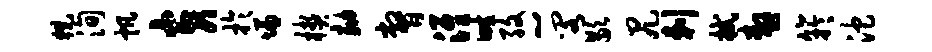
猊洵帆黄于慊楔劾瞥淮畦孜~阁歇尻剌拭嗷竽沱